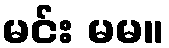
မင်း မမ။